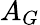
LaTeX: A_{G}